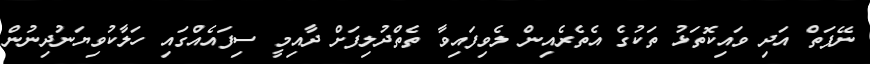
ނޭފަތް އަދި ވައިކޮތަޅު ތަކުގެ އެތެރެއިން ލެވިފައިވާ ތެތްދުލިފަށް ދާއިމީ ސިފައެއްގައި ހަލާކުވިޔަނުދިނުން